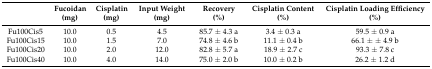
<table><thead><tr><td></td><td><b>Fucoidan (mg)</b></td><td><b>Cisplatin (mg)</b></td><td><b>Input Weight (mg)</b></td><td><b>Recovery (%)</b></td><td><b>Cisplatin Content (%)</b></td><td><b>Cisplatin Loading Efficiency (%)</b></td></tr></thead><tbody><tr><td>Fu100Cis5</td><td>10.0</td><td>0.5</td><td>4.5</td><td>85.7 ± 4.3 a</td><td>3.4 ± 0.3 a</td><td>59.5 ± 0.9 a</td></tr><tr><td>Fu100Cis15</td><td>10.0</td><td>1.5</td><td>7.0</td><td>74.8 ± 4.6 b</td><td>11.1 ± 0.4 b</td><td>66.1 ± ± 4.9 b</td></tr><tr><td>Fu100Cis20</td><td>10.0</td><td>2.0</td><td>12.0</td><td>82.8 ± 5.7 a</td><td>18.9 ± 2.7 c</td><td>93.3 ± 7.8 c</td></tr><tr><td>Fu100Cis40</td><td>10.0</td><td>4.0</td><td>14.0</td><td>75.0 ± 2.0 b</td><td>10.0 ± 0.2 b</td><td>26.2 ± 1.2 d</td></tr></tbody></table>